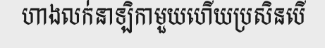
ហាងលក់នាឡិកាមួយហើយប្រសិនបើ